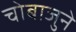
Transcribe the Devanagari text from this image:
चाेबाजुने